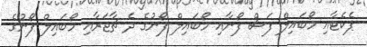
ޕެކެޓާއި މޯބައިލް ފަސް ފޯނާއި މޯބައިލް ފޯނުގެ ދެ ޗާޖަރާއި މޯބައިލް ފޯނުގެ